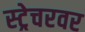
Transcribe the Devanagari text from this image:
स्ट्रेचरवर